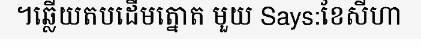
។ឆ្លើយតបដើមត្នោត មួយ Says:ខែសីហា